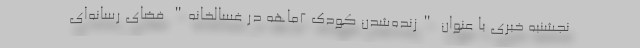
نجشنبه خبری با عنوان "زنده‌شدن کودک 2ماهه در غسالخانه" فضای رسانه‌ای